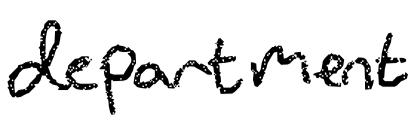
Text: department
Cross-out: clean
Writing tool: digital_black